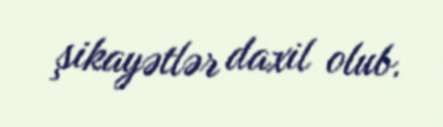
şikayətlər daxil olub.